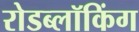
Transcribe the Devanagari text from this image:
रोडब्लॉकिंग